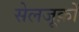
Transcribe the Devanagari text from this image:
सेलजूक़ों